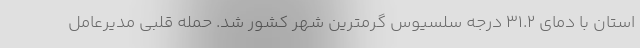
استان با دمای ۳۱.۲ درجه سلسیوس گرمترین شهر کشور شد. حمله قلبی مدیرعامل